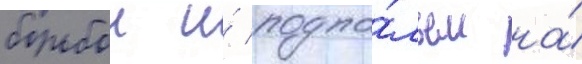
борьбои и́ подпо́льем на́